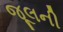
જૂલની